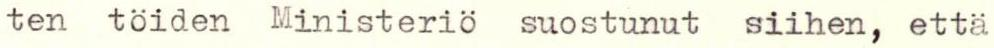
ten töiden Ministeriö suostunut siihen, että